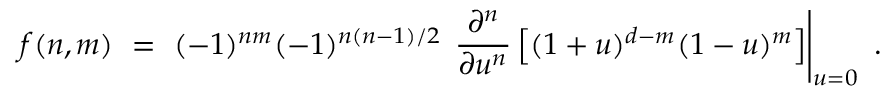
f ( n , m ) ~ = ~ ( - 1 ) ^ { n m } ( - 1 ) ^ { n ( n - 1 ) / 2 } \, \left. \frac { \partial ^ { n } } { \partial u ^ { n } } \left[ ( 1 + u ) ^ { d - m } ( 1 - u ) ^ { m } \right] \right| _ { u = 0 } ~ .